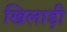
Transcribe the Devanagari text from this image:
खिलाड़ी